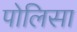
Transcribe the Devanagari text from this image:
पोलिसा